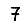
Digit: 7